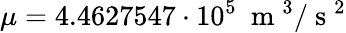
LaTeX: \mu=4.4627547\cdot 10^{5}~\mathrm{~m~}^{3}/\mathrm{~s~}^{2}